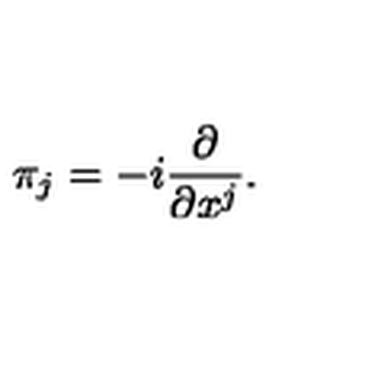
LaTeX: \pi _ { j } = - i { \frac { \partial } { \partial x ^ { j } } } .